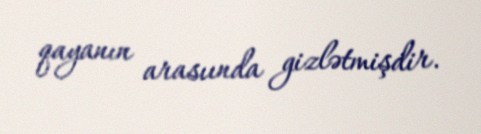
qayanın arasıında gizlətmişdir.